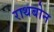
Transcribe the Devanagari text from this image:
राथबोन